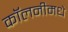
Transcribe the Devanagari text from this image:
कॉलनीमधे